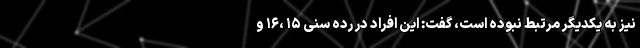
نیز به یکدیگر مرتبط نبوده است، گفت: این افراد در رده سنی ۱۵ ،۱۶ و